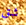
شق